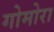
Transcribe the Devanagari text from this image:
गोमोरा